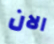
الان